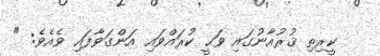
ކީރިތި ޤުރުއާނުގައި ވަޙީީ ކުރައްވައި އަންގަވާފައި ވެއެވެ: "